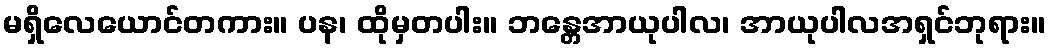
မရှိလေယောင်တကား။ ပန၊ ထိုမှတပါး။ ဘန္တေအာယုပါလ၊ အာယုပါလအရှင်ဘုရား။